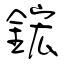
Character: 鋐